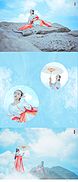
肌肤若冰雪，淖约若处子不食五谷，吸风饮露乘云气，御飞龙，而游乎四海之外